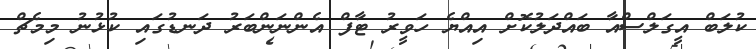
ކުލަބް އީގަލްސްއާ ބައްދަލުކޮށް އިއްޔެ ހަވީރު ޓާފް އެންނަންބަރު ދަނޑުގައި ކުޅުނު މިމެޗް